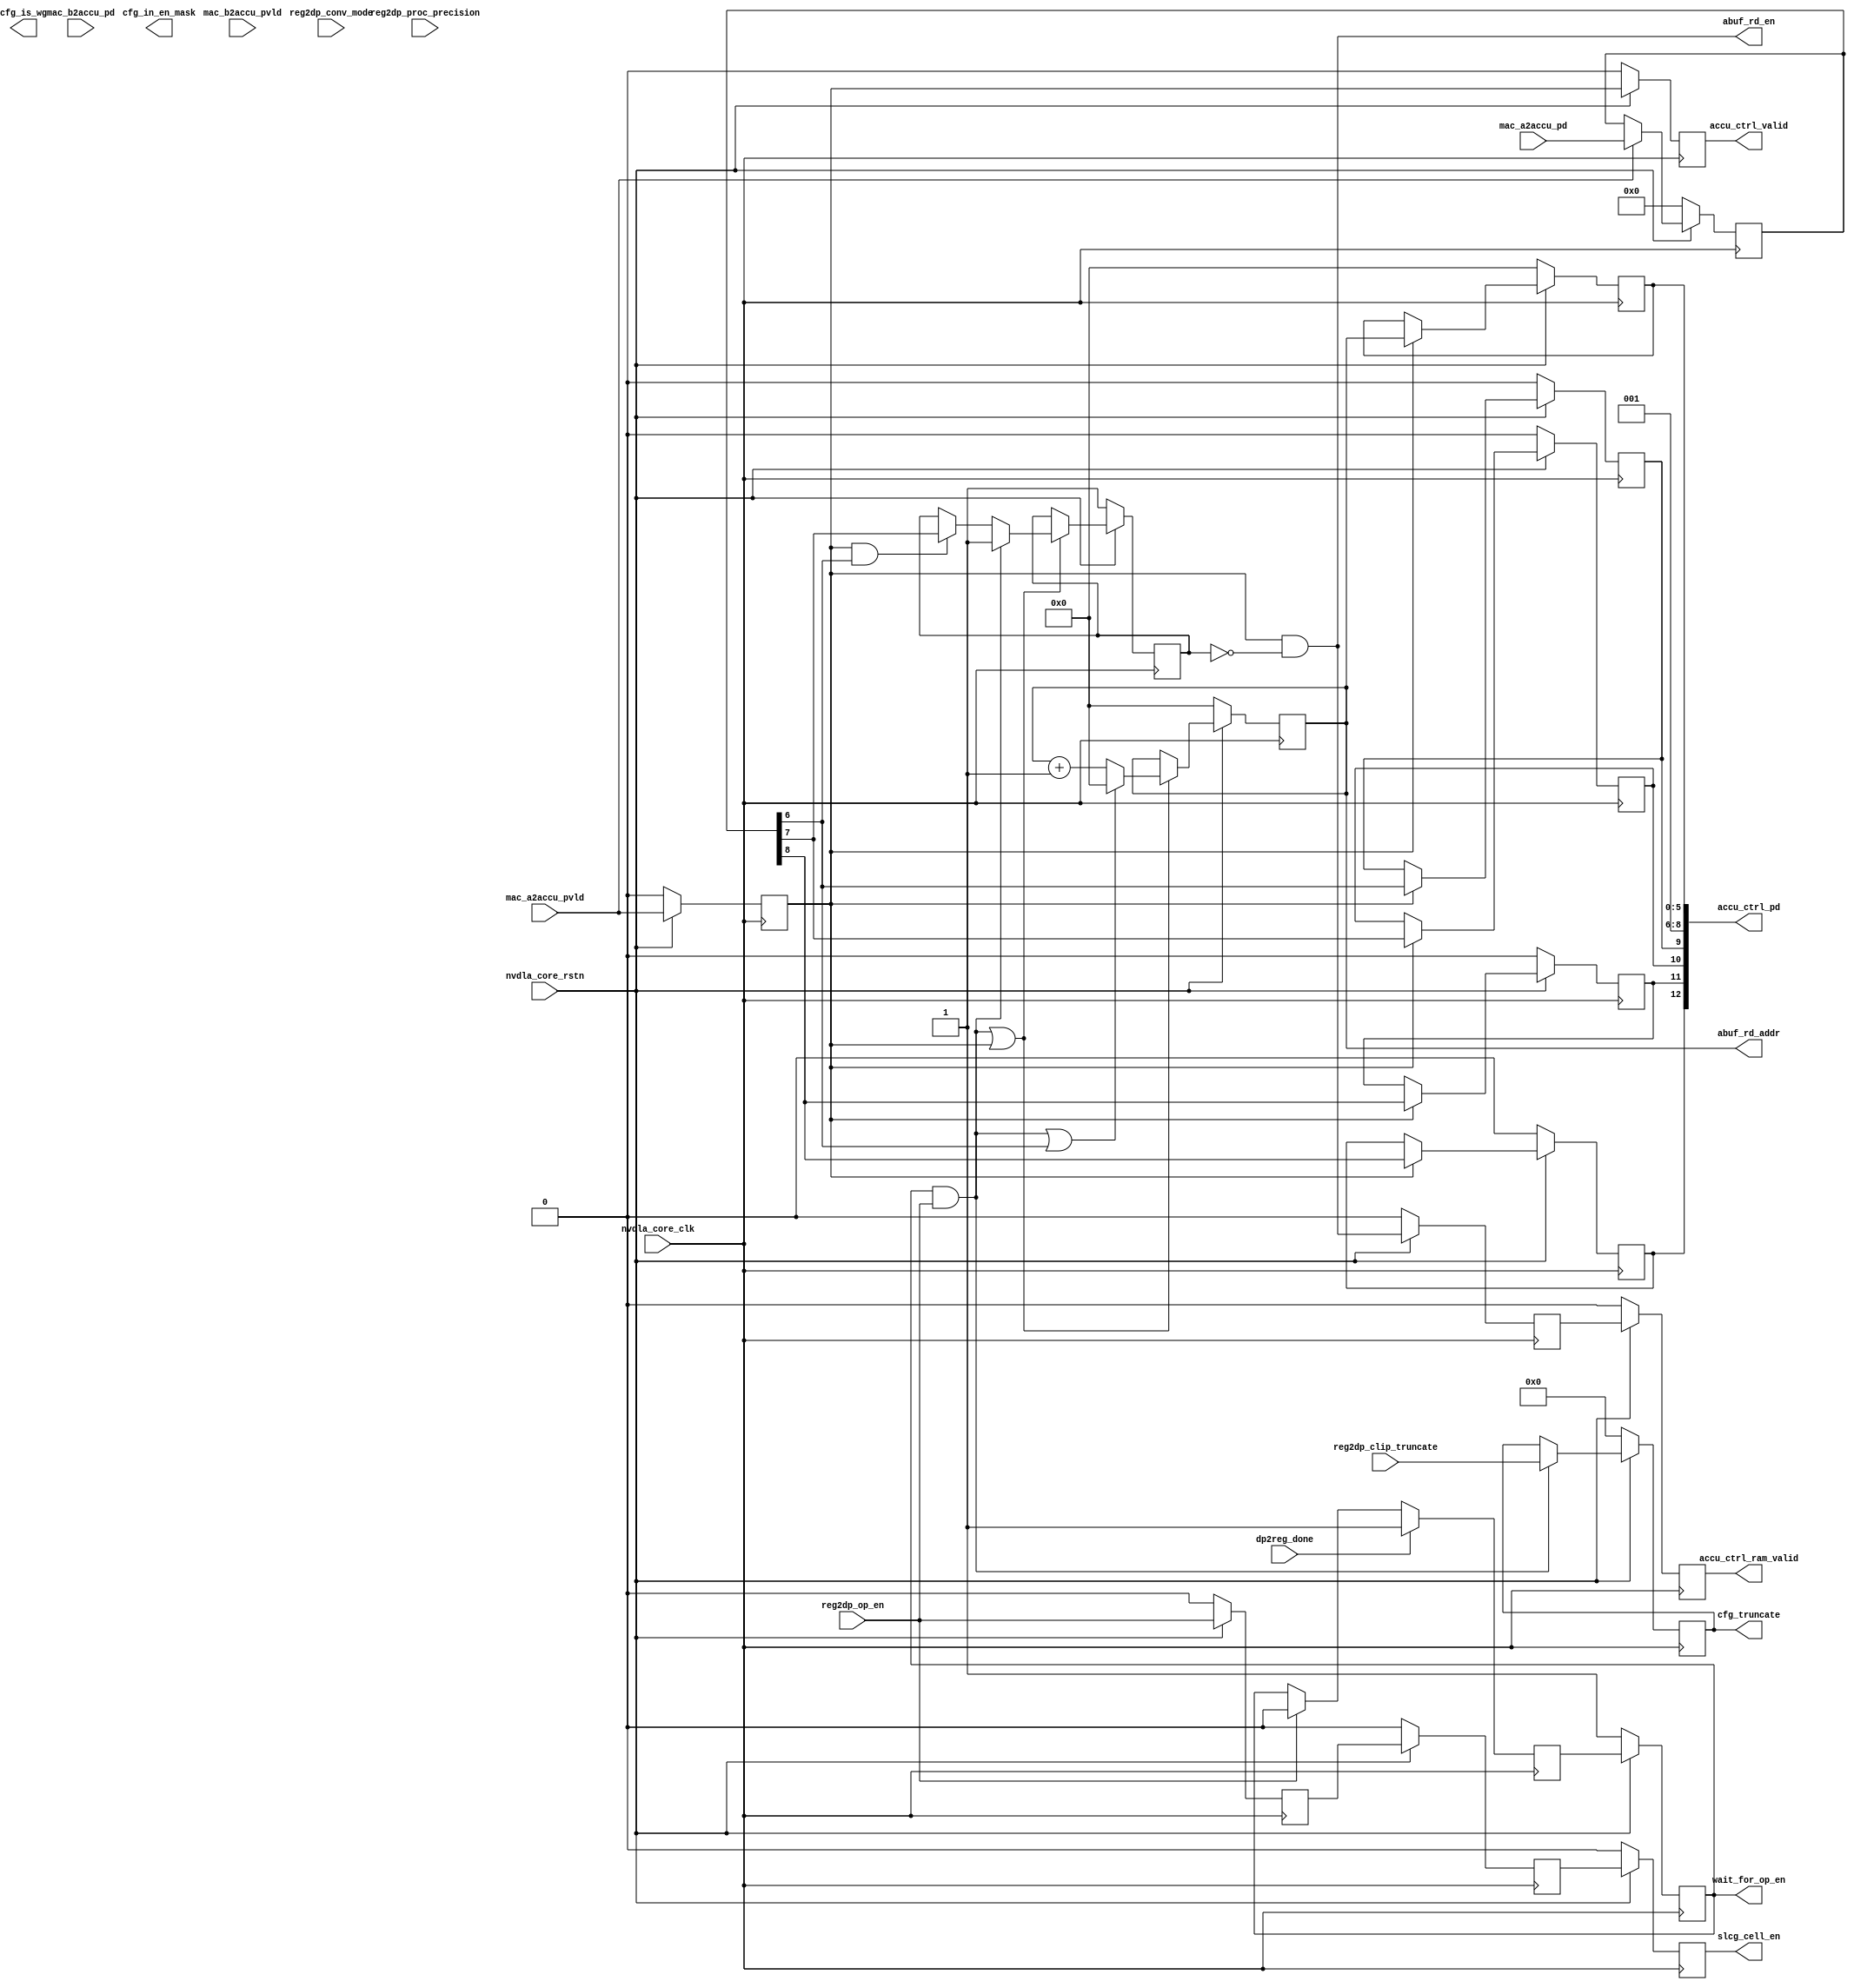
module NV_soDLA_CACC_assembly_ctrl( // @[:@3.2]
  input         nvdla_core_rstn, // @[:@5.4]
  input         nvdla_core_clk, // @[:@6.4]
  output        abuf_rd_en, // @[:@6.4]
  output [5:0]  abuf_rd_addr, // @[:@6.4]
  input         mac_a2accu_pvld, // @[:@6.4]
  input  [8:0]  mac_a2accu_pd, // @[:@6.4]
  input         mac_b2accu_pvld, // @[:@6.4]
  input  [8:0]  mac_b2accu_pd, // @[:@6.4]
  output        accu_ctrl_valid, // @[:@6.4]
  output [12:0] accu_ctrl_pd, // @[:@6.4]
  output        accu_ctrl_ram_valid, // @[:@6.4]
  output [4:0]  cfg_truncate, // @[:@6.4]
  input         reg2dp_op_en, // @[:@6.4]
  input  [1:0]  reg2dp_proc_precision,
  input  [4:0]  reg2dp_clip_truncate, // @[:@6.4]
  input         reg2dp_conv_mode,
  input         dp2reg_done, // @[:@6.4]
  output        slcg_cell_en, // @[:@6.4]
  output        wait_for_op_en, // @[:@6.4]
  output        cfg_in_en_mask,
  output        cfg_is_wg

);
  reg  accu_valid; // @[NV_NVDLA_CACC_assembly_ctrl.scala 61:25:@8.4]
  reg [31:0] _RAND_0;
  reg [8:0] accu_pd; // @[Reg.scala 19:20:@10.4]
  reg [31:0] _RAND_1;
  wire [8:0] _GEN_0; // @[Reg.scala 20:19:@11.4]
  wire  accu_stripe_end; // @[NV_NVDLA_CACC_assembly_ctrl.scala 68:30:@15.4]
  wire  accu_channel_end; // @[NV_NVDLA_CACC_assembly_ctrl.scala 69:31:@16.4]
  wire  accu_layer_end; // @[NV_NVDLA_CACC_assembly_ctrl.scala 70:29:@17.4]
  reg  _T_44; // @[Reg.scala 19:20:@18.4]
  reg [31:0] _RAND_2;
  reg  _T_46; // @[Reg.scala 19:20:@22.4]
  reg [31:0] _RAND_3;
  reg  _T_48; // @[Reg.scala 19:20:@26.4]
  reg [31:0] _RAND_4;
  reg  wait_for_op_en_out; // @[NV_NVDLA_CACC_assembly_ctrl.scala 76:33:@31.4]
  reg [31:0] _RAND_5;
  wire  _T_53; // @[NV_NVDLA_CACC_assembly_ctrl.scala 77:63:@32.4]
  reg  wait_for_op_en_w; // @[NV_NVDLA_CACC_assembly_ctrl.scala 77:31:@34.4]
  reg [31:0] _RAND_6;
  reg [5:0] accu_cnt; // @[NV_NVDLA_CACC_assembly_ctrl.scala 82:23:@38.4]
  reg [31:0] _RAND_7;
  reg  accu_ram_valid; // @[NV_NVDLA_CACC_assembly_ctrl.scala 83:29:@39.4]
  reg [31:0] _RAND_8;
  reg  accu_channel_st; // @[NV_NVDLA_CACC_assembly_ctrl.scala 84:30:@40.4]
  reg [31:0] _RAND_9;
  wire  layer_st; // @[NV_NVDLA_CACC_assembly_ctrl.scala 86:34:@41.4]
  wire [6:0] _T_63; // @[NV_NVDLA_CACC_assembly_ctrl.scala 87:29:@42.4]
  wire [5:0] accu_cnt_inc; // @[NV_NVDLA_CACC_assembly_ctrl.scala 87:29:@43.4]
  wire  _T_64; // @[NV_NVDLA_CACC_assembly_ctrl.scala 88:31:@44.4]
  wire [5:0] accu_cnt_w; // @[NV_NVDLA_CACC_assembly_ctrl.scala 88:21:@45.4]
  wire  _T_67; // @[NV_NVDLA_CACC_assembly_ctrl.scala 90:63:@46.4]
  wire  _T_68; // @[NV_NVDLA_CACC_assembly_ctrl.scala 90:51:@47.4]
  wire  accu_channel_st_w; // @[NV_NVDLA_CACC_assembly_ctrl.scala 90:29:@48.4]
  wire  _T_69; // @[NV_NVDLA_CACC_assembly_ctrl.scala 91:32:@49.4]
  wire  accu_rd_en; // @[NV_NVDLA_CACC_assembly_ctrl.scala 91:29:@50.4]
  wire  _T_70; // @[NV_NVDLA_CACC_assembly_ctrl.scala 94:15:@52.4]
  wire [5:0] _GEN_4; // @[NV_NVDLA_CACC_assembly_ctrl.scala 94:28:@53.4]
  wire  _GEN_5; // @[NV_NVDLA_CACC_assembly_ctrl.scala 94:28:@53.4]
  reg [4:0] _T_73; // @[Reg.scala 19:20:@57.4]
  reg [31:0] _RAND_10;
  wire [4:0] _GEN_6; // @[Reg.scala 20:19:@58.4]
  reg  _T_76; // @[NV_NVDLA_CACC_assembly_ctrl.scala 106:33:@64.4]
  reg [31:0] _RAND_11;
  reg  _T_79; // @[NV_NVDLA_CACC_assembly_ctrl.scala 107:34:@67.4]
  reg [31:0] _RAND_12;
  reg [5:0] accu_ctrl_addr; // @[NV_NVDLA_CACC_assembly_ctrl.scala 108:29:@70.4]
  reg [31:0] _RAND_13;
  wire [5:0] _GEN_7; // @[NV_NVDLA_CACC_assembly_ctrl.scala 109:17:@71.4]
  reg  accu_ctrl_stripe_end; // @[Reg.scala 19:20:@74.4]
  reg [31:0] _RAND_14;
  wire  _GEN_8; // @[Reg.scala 20:19:@75.4]
  reg  accu_ctrl_channel_end; // @[Reg.scala 19:20:@78.4]
  reg [31:0] _RAND_15;
  wire  _GEN_9; // @[Reg.scala 20:19:@79.4]
  reg  accu_ctrl_layer_end; // @[Reg.scala 19:20:@82.4]
  reg [31:0] _RAND_16;
  wire  _GEN_10; // @[Reg.scala 20:19:@83.4]
  reg  accu_ctrl_dlv_elem_mask; // @[Reg.scala 19:20:@86.4]
  reg [31:0] _RAND_17;
  wire  _GEN_11; // @[Reg.scala 20:19:@87.4]
  wire [9:0] _T_92; // @[Cat.scala 30:58:@91.4]
  wire [2:0] _T_94; // @[Cat.scala 30:58:@93.4]
  assign _GEN_0 = mac_a2accu_pvld ? mac_a2accu_pd : accu_pd; // @[Reg.scala 20:19:@11.4]
  assign accu_stripe_end = accu_pd[6]; // @[NV_NVDLA_CACC_assembly_ctrl.scala 68:30:@15.4]
  assign accu_channel_end = accu_pd[7]; // @[NV_NVDLA_CACC_assembly_ctrl.scala 69:31:@16.4]
  assign accu_layer_end = accu_pd[8]; // @[NV_NVDLA_CACC_assembly_ctrl.scala 70:29:@17.4]
  assign _T_53 = reg2dp_op_en ? 1'h0 : wait_for_op_en_out; // @[NV_NVDLA_CACC_assembly_ctrl.scala 77:63:@32.4]
  assign layer_st = wait_for_op_en & reg2dp_op_en; // @[NV_NVDLA_CACC_assembly_ctrl.scala 86:34:@41.4]
  assign _T_63 = accu_cnt + 6'h1; // @[NV_NVDLA_CACC_assembly_ctrl.scala 87:29:@42.4]
  assign accu_cnt_inc = accu_cnt + 6'h1; // @[NV_NVDLA_CACC_assembly_ctrl.scala 87:29:@43.4]
  assign _T_64 = layer_st | accu_stripe_end; // @[NV_NVDLA_CACC_assembly_ctrl.scala 88:31:@44.4]
  assign accu_cnt_w = _T_64 ? 6'h0 : accu_cnt_inc; // @[NV_NVDLA_CACC_assembly_ctrl.scala 88:21:@45.4]
  assign _T_67 = accu_valid & accu_stripe_end; // @[NV_NVDLA_CACC_assembly_ctrl.scala 90:63:@46.4]
  assign _T_68 = _T_67 ? accu_channel_end : accu_channel_st; // @[NV_NVDLA_CACC_assembly_ctrl.scala 90:51:@47.4]
  assign accu_channel_st_w = layer_st ? 1'h1 : _T_68; // @[NV_NVDLA_CACC_assembly_ctrl.scala 90:29:@48.4]
  assign _T_69 = ~ accu_channel_st; // @[NV_NVDLA_CACC_assembly_ctrl.scala 91:32:@49.4]
  assign accu_rd_en = accu_valid & _T_69; // @[NV_NVDLA_CACC_assembly_ctrl.scala 91:29:@50.4]
  assign _T_70 = layer_st | accu_valid; // @[NV_NVDLA_CACC_assembly_ctrl.scala 94:15:@52.4]
  assign _GEN_4 = _T_70 ? accu_cnt_w : accu_cnt; // @[NV_NVDLA_CACC_assembly_ctrl.scala 94:28:@53.4]
  assign _GEN_5 = _T_70 ? accu_channel_st_w : accu_channel_st; // @[NV_NVDLA_CACC_assembly_ctrl.scala 94:28:@53.4]
  assign _GEN_6 = layer_st ? reg2dp_clip_truncate : _T_73; // @[Reg.scala 20:19:@58.4]
  assign _GEN_7 = accu_valid ? accu_cnt : accu_ctrl_addr; // @[NV_NVDLA_CACC_assembly_ctrl.scala 109:17:@71.4]
  assign _GEN_8 = accu_valid ? accu_stripe_end : accu_ctrl_stripe_end; // @[Reg.scala 20:19:@75.4]
  assign _GEN_9 = accu_valid ? accu_channel_end : accu_ctrl_channel_end; // @[Reg.scala 20:19:@79.4]
  assign _GEN_10 = accu_valid ? accu_layer_end : accu_ctrl_layer_end; // @[Reg.scala 20:19:@83.4]
  assign _GEN_11 = accu_valid ? accu_layer_end : accu_ctrl_dlv_elem_mask; // @[Reg.scala 20:19:@87.4]
  assign _T_92 = {accu_ctrl_stripe_end,3'h1,accu_ctrl_addr}; // @[Cat.scala 30:58:@91.4]
  assign _T_94 = {accu_ctrl_dlv_elem_mask,accu_ctrl_layer_end,accu_ctrl_channel_end}; // @[Cat.scala 30:58:@93.4]
  assign abuf_rd_en = accu_valid & _T_69; // @[NV_NVDLA_CACC_assembly_ctrl.scala 101:23:@62.4]
  assign abuf_rd_addr = accu_cnt; // @[NV_NVDLA_CACC_assembly_ctrl.scala 102:22:@63.4]
  assign accu_ctrl_valid = _T_76; // @[NV_NVDLA_CACC_assembly_ctrl.scala 106:23:@66.4]
  assign accu_ctrl_pd = {_T_94,_T_92}; // @[NV_NVDLA_CACC_assembly_ctrl.scala 118:22:@95.4]
  assign accu_ctrl_ram_valid = _T_79; // @[NV_NVDLA_CACC_assembly_ctrl.scala 107:24:@69.4]
  assign cfg_truncate = _T_73; // @[NV_NVDLA_CACC_assembly_ctrl.scala 99:17:@61.4]
  assign slcg_cell_en = _T_48; // @[NV_NVDLA_CACC_assembly_ctrl.scala 73:17:@30.4]
  assign wait_for_op_en = wait_for_op_en_out; // @[NV_NVDLA_CACC_assembly_ctrl.scala 79:19:@37.4]
`ifdef RANDOMIZE_GARBAGE_ASSIGN
`define RANDOMIZE
`endif
`ifdef RANDOMIZE_INVALID_ASSIGN
`define RANDOMIZE
`endif
`ifdef RANDOMIZE_REG_INIT
`define RANDOMIZE
`endif
`ifdef RANDOMIZE_MEM_INIT
`define RANDOMIZE
`endif
`ifndef RANDOM
`define RANDOM $random
`endif
`ifdef RANDOMIZE
  integer initvar;
  initial begin
    `ifdef INIT_RANDOM
      `INIT_RANDOM
    `endif
    `ifndef VERILATOR
      #0.002 begin end
    `endif
  `ifdef RANDOMIZE_REG_INIT
  _RAND_0 = {1{`RANDOM}};
  accu_valid = _RAND_0[0:0];
  `endif // RANDOMIZE_REG_INIT
  `ifdef RANDOMIZE_REG_INIT
  _RAND_1 = {1{`RANDOM}};
  accu_pd = _RAND_1[8:0];
  `endif // RANDOMIZE_REG_INIT
  `ifdef RANDOMIZE_REG_INIT
  _RAND_2 = {1{`RANDOM}};
  _T_44 = _RAND_2[0:0];
  `endif // RANDOMIZE_REG_INIT
  `ifdef RANDOMIZE_REG_INIT
  _RAND_3 = {1{`RANDOM}};
  _T_46 = _RAND_3[0:0];
  `endif // RANDOMIZE_REG_INIT
  `ifdef RANDOMIZE_REG_INIT
  _RAND_4 = {1{`RANDOM}};
  _T_48 = _RAND_4[0:0];
  `endif // RANDOMIZE_REG_INIT
  `ifdef RANDOMIZE_REG_INIT
  _RAND_5 = {1{`RANDOM}};
  wait_for_op_en_out = _RAND_5[0:0];
  `endif // RANDOMIZE_REG_INIT
  `ifdef RANDOMIZE_REG_INIT
  _RAND_6 = {1{`RANDOM}};
  wait_for_op_en_w = _RAND_6[0:0];
  `endif // RANDOMIZE_REG_INIT
  `ifdef RANDOMIZE_REG_INIT
  _RAND_7 = {1{`RANDOM}};
  accu_cnt = _RAND_7[5:0];
  `endif // RANDOMIZE_REG_INIT
  `ifdef RANDOMIZE_REG_INIT
  _RAND_8 = {1{`RANDOM}};
  accu_ram_valid = _RAND_8[0:0];
  `endif // RANDOMIZE_REG_INIT
  `ifdef RANDOMIZE_REG_INIT
  _RAND_9 = {1{`RANDOM}};
  accu_channel_st = _RAND_9[0:0];
  `endif // RANDOMIZE_REG_INIT
  `ifdef RANDOMIZE_REG_INIT
  _RAND_10 = {1{`RANDOM}};
  _T_73 = _RAND_10[4:0];
  `endif // RANDOMIZE_REG_INIT
  `ifdef RANDOMIZE_REG_INIT
  _RAND_11 = {1{`RANDOM}};
  _T_76 = _RAND_11[0:0];
  `endif // RANDOMIZE_REG_INIT
  `ifdef RANDOMIZE_REG_INIT
  _RAND_12 = {1{`RANDOM}};
  _T_79 = _RAND_12[0:0];
  `endif // RANDOMIZE_REG_INIT
  `ifdef RANDOMIZE_REG_INIT
  _RAND_13 = {1{`RANDOM}};
  accu_ctrl_addr = _RAND_13[5:0];
  `endif // RANDOMIZE_REG_INIT
  `ifdef RANDOMIZE_REG_INIT
  _RAND_14 = {1{`RANDOM}};
  accu_ctrl_stripe_end = _RAND_14[0:0];
  `endif // RANDOMIZE_REG_INIT
  `ifdef RANDOMIZE_REG_INIT
  _RAND_15 = {1{`RANDOM}};
  accu_ctrl_channel_end = _RAND_15[0:0];
  `endif // RANDOMIZE_REG_INIT
  `ifdef RANDOMIZE_REG_INIT
  _RAND_16 = {1{`RANDOM}};
  accu_ctrl_layer_end = _RAND_16[0:0];
  `endif // RANDOMIZE_REG_INIT
  `ifdef RANDOMIZE_REG_INIT
  _RAND_17 = {1{`RANDOM}};
  accu_ctrl_dlv_elem_mask = _RAND_17[0:0];
  `endif // RANDOMIZE_REG_INIT
  end
`endif // RANDOMIZE
  always @(posedge nvdla_core_clk) begin
    if (!nvdla_core_rstn) begin
      accu_valid <= 1'h0;
    end else begin
      accu_valid <= mac_a2accu_pvld;
    end
    if (!nvdla_core_rstn) begin
      accu_pd <= 9'h0;
    end else begin
      if (mac_a2accu_pvld) begin
        accu_pd <= mac_a2accu_pd;
      end
    end
    if (!nvdla_core_rstn) begin
      _T_44 <= 1'h0;
    end else begin
      _T_44 <= reg2dp_op_en;
    end
    if (!nvdla_core_rstn) begin
      _T_46 <= 1'h0;
    end else begin
      _T_46 <= _T_44;
    end
    if (!nvdla_core_rstn) begin
      _T_48 <= 1'h0;
    end else begin
      _T_48 <= _T_46;
    end
    if (!nvdla_core_rstn) begin
      wait_for_op_en_out <= 1'h1;
    end else begin
      wait_for_op_en_out <= wait_for_op_en_w;
    end
    if (dp2reg_done) begin
      wait_for_op_en_w <= 1'h1;
    end else begin
      if (reg2dp_op_en) begin
        wait_for_op_en_w <= 1'h0;
      end else begin
        wait_for_op_en_w <= wait_for_op_en_out;
      end
    end
    if (!nvdla_core_rstn) begin
      accu_cnt <= 6'h0;
    end else begin
      if (_T_70) begin
        if (_T_64) begin
          accu_cnt <= 6'h0;
        end else begin
          accu_cnt <= accu_cnt_inc;
        end
      end
    end
    if (!nvdla_core_rstn) begin
      accu_ram_valid <= 1'h0;
    end else begin
      accu_ram_valid <= accu_rd_en;
    end
    if (!nvdla_core_rstn) begin
      accu_channel_st <= 1'h1;
    end else begin
      if (_T_70) begin
        if (layer_st) begin
          accu_channel_st <= 1'h1;
        end else begin
          if (_T_67) begin
            accu_channel_st <= accu_channel_end;
          end
        end
      end
    end
    if (!nvdla_core_rstn) begin
      _T_73 <= 5'h0;
    end else begin
      if (layer_st) begin
        _T_73 <= reg2dp_clip_truncate;
      end
    end
    if (!nvdla_core_rstn) begin
      _T_76 <= 1'h0;
    end else begin
      _T_76 <= accu_valid;
    end
    if (!nvdla_core_rstn) begin
      _T_79 <= 1'h0;
    end else begin
      _T_79 <= accu_ram_valid;
    end
    if (!nvdla_core_rstn) begin
      accu_ctrl_addr <= 6'h0;
    end else begin
      if (accu_valid) begin
        accu_ctrl_addr <= accu_cnt;
      end
    end
    if (!nvdla_core_rstn) begin
      accu_ctrl_stripe_end <= 1'h0;
    end else begin
      if (accu_valid) begin
        accu_ctrl_stripe_end <= accu_stripe_end;
      end
    end
    if (!nvdla_core_rstn) begin
      accu_ctrl_channel_end <= 1'h0;
    end else begin
      if (accu_valid) begin
        accu_ctrl_channel_end <= accu_channel_end;
      end
    end
    if (!nvdla_core_rstn) begin
      accu_ctrl_layer_end <= 1'h0;
    end else begin
      if (accu_valid) begin
        accu_ctrl_layer_end <= accu_layer_end;
      end
    end
    if (!nvdla_core_rstn) begin
      accu_ctrl_dlv_elem_mask <= 1'h0;
    end else begin
      if (accu_valid) begin
        accu_ctrl_dlv_elem_mask <= accu_layer_end;
      end
    end
  end
endmodule


// ================================================================
// NVDLA Open Source Project
//
// Copyright(c) 2016 - 2017 NVIDIA Corporation. Licensed under the
// NVDLA Open Hardware License; Check "LICENSE" which comes with
// this distribution for more information.
// ================================================================
// ================================================================
// NVDLA Open Source Project
// 
// Copyright(c) 2016 - 2017 NVIDIA Corporation.  Licensed under the
// NVDLA Open Hardware License; Check "LICENSE" which comes with 
// this distribution for more information.
// ================================================================
module NV_NVDLA_CACC_assembly_ctrl (
   nvdla_core_clk
  ,nvdla_core_rstn
  ,dp2reg_done
  ,mac_a2accu_pd
  ,mac_a2accu_pvld
  ,mac_b2accu_pd
  ,mac_b2accu_pvld
  ,reg2dp_clip_truncate
  ,reg2dp_conv_mode
  ,reg2dp_op_en
  ,reg2dp_proc_precision
  ,abuf_rd_addr
  ,abuf_rd_en
  ,accu_ctrl_pd
  ,accu_ctrl_ram_valid
  ,accu_ctrl_valid
  ,cfg_in_en_mask
  ,cfg_is_wg
  ,cfg_truncate
  ,slcg_cell_en
  ,wait_for_op_en
  );
input [0:0] reg2dp_op_en;
input [0:0] reg2dp_conv_mode;
input [1:0] reg2dp_proc_precision;
input [4:0] reg2dp_clip_truncate;
output[5 +1 -1:0]abuf_rd_addr;
output abuf_rd_en;
input nvdla_core_clk;
input nvdla_core_rstn;
input dp2reg_done;
input [8:0] mac_a2accu_pd;
input mac_a2accu_pvld;
input [8:0] mac_b2accu_pd; //always equal mac_a2accu_pd
input mac_b2accu_pvld;
output [12:0] accu_ctrl_pd;
output accu_ctrl_ram_valid;
output accu_ctrl_valid;
output cfg_in_en_mask;
output cfg_is_wg;
output [4:0] cfg_truncate;
output slcg_cell_en;
output wait_for_op_en;
// spyglass disable_block NoWidthInBasedNum-ML
// spyglass disable_block STARC-2.10.1.6
// cross partition,1T
//: &eperl::flop("-q  accu_valid  -d \"mac_a2accu_pvld\" -clk nvdla_core_clk -rst nvdla_core_rstn -rval 0");
//: &eperl::flop("-wid 9 -q  accu_pd  -en \"mac_a2accu_pvld\" -d  \"mac_a2accu_pd\" -clk nvdla_core_clk -rst nvdla_core_rstn -rval 0");
//| eperl: generated_beg (DO NOT EDIT BELOW)
reg  accu_valid;
always @(posedge nvdla_core_clk) begin
   if (!nvdla_core_rstn) begin
       accu_valid <= 'b0;
   end else begin
       accu_valid <= mac_a2accu_pvld;
   end
end
reg [8:0] accu_pd;
always @(posedge nvdla_core_clk) begin
   if (!nvdla_core_rstn) begin
       accu_pd <= 'b0;
   end else begin
       if ((mac_a2accu_pvld) == 1'b1) begin
           accu_pd <= mac_a2accu_pd;
       // VCS coverage off
       end else if ((mac_a2accu_pvld) == 1'b0) begin
       end else begin
           accu_pd <= 'bx;
       // VCS coverage on
       end
   end
end

//| eperl: generated_end (DO NOT EDIT ABOVE)
//////////////////////////////////////////////////////////////
///// generator input status signal                      /////
//////////////////////////////////////////////////////////////
wire accu_stripe_st = accu_pd[5];
wire accu_stripe_end = accu_pd[6];
wire accu_channel_end = accu_pd[7];
wire accu_layer_end = accu_pd[8];
wire is_int8 = (reg2dp_proc_precision == 2'h0);
wire is_winograd = 1'b0;
// SLCG
wire slcg_cell_en_w = reg2dp_op_en;
//: &eperl::flop(" -q  slcg_cell_en_d1  -d \"slcg_cell_en_w\" -clk nvdla_core_clk -rst nvdla_core_rstn -rval 0");
//: &eperl::flop(" -q  slcg_cell_en_d2  -d \"slcg_cell_en_d1\" -clk nvdla_core_clk -rst nvdla_core_rstn -rval 0");
//: &eperl::flop(" -q  slcg_cell_en_d3  -d \"slcg_cell_en_d2\" -clk nvdla_core_clk -rst nvdla_core_rstn -rval 0");
//| eperl: generated_beg (DO NOT EDIT BELOW)
reg  slcg_cell_en_d1;
always @(posedge nvdla_core_clk) begin
   if (!nvdla_core_rstn) begin
       slcg_cell_en_d1 <= 'b0;
   end else begin
       slcg_cell_en_d1 <= slcg_cell_en_w;
   end
end
reg  slcg_cell_en_d2;
always @(posedge nvdla_core_clk) begin
   if (!nvdla_core_rstn) begin
       slcg_cell_en_d2 <= 'b0;
   end else begin
       slcg_cell_en_d2 <= slcg_cell_en_d1;
   end
end
reg  slcg_cell_en_d3;
always @(posedge nvdla_core_clk) begin
   if (!nvdla_core_rstn) begin
       slcg_cell_en_d3 <= 'b0;
   end else begin
       slcg_cell_en_d3 <= slcg_cell_en_d2;
   end
end

//| eperl: generated_end (DO NOT EDIT ABOVE)
wire slcg_cell_en = slcg_cell_en_d3;
// get layer operation begin
wire wait_for_op_en_w = dp2reg_done ? 1'b1 : reg2dp_op_en ? 1'b0 : wait_for_op_en;
//: &eperl::flop(" -q  wait_for_op_en  -d \"wait_for_op_en_w\" -clk nvdla_core_clk -rst nvdla_core_rstn -rval 1");
//| eperl: generated_beg (DO NOT EDIT BELOW)
reg  wait_for_op_en;
always @(posedge nvdla_core_clk) begin
   if (!nvdla_core_rstn) begin
       wait_for_op_en <= 1;
   end else begin
       wait_for_op_en <= wait_for_op_en_w;
   end
end

//| eperl: generated_end (DO NOT EDIT ABOVE)
// get address and other contrl
reg cfg_winograd;
reg [5 +1 -1:0] accu_cnt;
wire [5 +1 -1:0] accu_cnt_w;
wire [5 +1 -1:0] accu_cnt_inc;
wire mon_accu_cnt_inc;
reg accu_channel_st;
wire layer_st = wait_for_op_en & reg2dp_op_en;
assign {mon_accu_cnt_inc, accu_cnt_inc} = accu_cnt + 1'b1;
assign accu_cnt_w = (layer_st | accu_stripe_end) ? {5 +1{1'b0}} : accu_cnt_inc;
wire [5 +1 -1:0] accu_addr = accu_cnt;
wire accu_channel_st_w = layer_st ? 1'b1 : (accu_valid & accu_stripe_end) ? accu_channel_end : accu_channel_st;
wire accu_rd_en = accu_valid & (~accu_channel_st);
wire cfg_in_en_mask_w = 1'b1;
//: &eperl::flop("-q accu_ram_valid -d accu_rd_en");
//: &eperl::flop("-nodeclare -q  accu_cnt  -en \"layer_st | accu_valid\" -d  \"accu_cnt_w\" -clk nvdla_core_clk -rst nvdla_core_rstn -rval 0");
//: &eperl::flop("-nodeclare -q  accu_channel_st  -en \"layer_st | accu_valid\" -d  \"accu_channel_st_w\" -clk nvdla_core_clk -rst nvdla_core_rstn -rval 1");
//| eperl: generated_beg (DO NOT EDIT BELOW)
reg  accu_ram_valid;
always @(posedge nvdla_core_clk) begin
   if (!nvdla_core_rstn) begin
       accu_ram_valid <= 'b0;
   end else begin
       accu_ram_valid <= accu_rd_en;
   end
end
always @(posedge nvdla_core_clk) begin
   if (!nvdla_core_rstn) begin
       accu_cnt <= 'b0;
   end else begin
       if ((layer_st | accu_valid) == 1'b1) begin
           accu_cnt <= accu_cnt_w;
       // VCS coverage off
       end else if ((layer_st | accu_valid) == 1'b0) begin
       end else begin
           accu_cnt <= 'bx;
       // VCS coverage on
       end
   end
end
always @(posedge nvdla_core_clk) begin
   if (!nvdla_core_rstn) begin
       accu_channel_st <= 1;
   end else begin
       if ((layer_st | accu_valid) == 1'b1) begin
           accu_channel_st <= accu_channel_st_w;
       // VCS coverage off
       end else if ((layer_st | accu_valid) == 1'b0) begin
       end else begin
           accu_channel_st <= 'bx;
       // VCS coverage on
       end
   end
end

//| eperl: generated_end (DO NOT EDIT ABOVE)
wire accu_ctrl_valid_d0 = accu_valid;
wire accu_ram_valid_d0 = accu_ram_valid;
wire [5 +1 -1:0] accu_addr_d0 = accu_addr;
wire accu_stripe_end_d0 = accu_stripe_end;
wire accu_channel_end_d0 = accu_channel_end;
wire accu_layer_end_d0 = accu_layer_end;
//: &eperl::flop("-nodeclare -q  cfg_winograd  -en \"layer_st\" -d  \"is_winograd\" -clk nvdla_core_clk -rst nvdla_core_rstn -rval 0");
//: &eperl::flop("-wid 5 -q  cfg_truncate  -en \"layer_st\" -d  \"reg2dp_clip_truncate\" -clk nvdla_core_clk -rst nvdla_core_rstn -rval 0");
//: &eperl::flop(" -q  cfg_is_wg  -en \"layer_st\" -d  \"is_winograd\" -clk nvdla_core_clk -rst nvdla_core_rstn -rval 0");
//: &eperl::flop(" -q  cfg_in_en_mask  -en \"layer_st\" -d  \"cfg_in_en_mask_w\" -clk nvdla_core_clk -rst nvdla_core_rstn -rval 0");
//| eperl: generated_beg (DO NOT EDIT BELOW)
always @(posedge nvdla_core_clk) begin
   if (!nvdla_core_rstn) begin
       cfg_winograd <= 'b0;
   end else begin
       if ((layer_st) == 1'b1) begin
           cfg_winograd <= is_winograd;
       // VCS coverage off
       end else if ((layer_st) == 1'b0) begin
       end else begin
           cfg_winograd <= 'bx;
       // VCS coverage on
       end
   end
end
reg [4:0] cfg_truncate;
always @(posedge nvdla_core_clk) begin
   if (!nvdla_core_rstn) begin
       cfg_truncate <= 'b0;
   end else begin
       if ((layer_st) == 1'b1) begin
           cfg_truncate <= reg2dp_clip_truncate;
       // VCS coverage off
       end else if ((layer_st) == 1'b0) begin
       end else begin
           cfg_truncate <= 'bx;
       // VCS coverage on
       end
   end
end
reg  cfg_is_wg;
always @(posedge nvdla_core_clk) begin
   if (!nvdla_core_rstn) begin
       cfg_is_wg <= 'b0;
   end else begin
       if ((layer_st) == 1'b1) begin
           cfg_is_wg <= is_winograd;
       // VCS coverage off
       end else if ((layer_st) == 1'b0) begin
       end else begin
           cfg_is_wg <= 'bx;
       // VCS coverage on
       end
   end
end
reg  cfg_in_en_mask;
always @(posedge nvdla_core_clk) begin
   if (!nvdla_core_rstn) begin
       cfg_in_en_mask <= 'b0;
   end else begin
       if ((layer_st) == 1'b1) begin
           cfg_in_en_mask <= cfg_in_en_mask_w;
       // VCS coverage off
       end else if ((layer_st) == 1'b0) begin
       end else begin
           cfg_in_en_mask <= 'bx;
       // VCS coverage on
       end
   end
end

//| eperl: generated_end (DO NOT EDIT ABOVE)
wire abuf_rd_en = accu_rd_en;
wire [5 +1 -1:0] abuf_rd_addr = accu_addr;
// regout
//: my $kk=5 +1;
//: &eperl::flop(" -q  accu_ctrl_valid  -d \"accu_ctrl_valid_d0\" -clk nvdla_core_clk -rst nvdla_core_rstn -rval 0");
//: &eperl::flop(" -q  accu_ctrl_ram_valid  -d \"accu_ram_valid_d0\" -clk nvdla_core_clk -rst nvdla_core_rstn -rval 0");
//: &eperl::flop("-wid ${kk} -q  accu_ctrl_addr  -en \"accu_ctrl_valid_d0\" -d  \"accu_addr_d0\" -clk nvdla_core_clk -rst nvdla_core_rstn -rval 0");
//: &eperl::flop(" -q  accu_ctrl_stripe_end  -en \"accu_ctrl_valid_d0\" -d  \"accu_stripe_end_d0\" -clk nvdla_core_clk -rst nvdla_core_rstn -rval 0");
//: &eperl::flop(" -q  accu_ctrl_channel_end  -en \"accu_ctrl_valid_d0\" -d  \"accu_channel_end_d0\" -clk nvdla_core_clk -rst nvdla_core_rstn -rval 0");
//: &eperl::flop(" -q  accu_ctrl_layer_end  -en \"accu_ctrl_valid_d0\" -d  \"accu_layer_end_d0\" -clk nvdla_core_clk -rst nvdla_core_rstn -rval 0");
//: &eperl::flop(" -q  accu_ctrl_dlv_elem_mask  -en \"accu_ctrl_valid_d0\" -d  \"accu_channel_end_d0\" -clk nvdla_core_clk -rst nvdla_core_rstn -rval 0");
//: my $jj=6-$kk;
//: if ($jj==0) {
//: print "assign       accu_ctrl_pd[5:0]  =     {accu_ctrl_addr}; \n";
//: }
//: elsif ($jj>0) {
//: print "assign       accu_ctrl_pd[5:0]  =     {{${jj}{1'b0}},accu_ctrl_addr}; \n";
//: }
//| eperl: generated_beg (DO NOT EDIT BELOW)
reg  accu_ctrl_valid;
always @(posedge nvdla_core_clk) begin
   if (!nvdla_core_rstn) begin
       accu_ctrl_valid <= 'b0;
   end else begin
       accu_ctrl_valid <= accu_ctrl_valid_d0;
   end
end
reg  accu_ctrl_ram_valid;
always @(posedge nvdla_core_clk) begin
   if (!nvdla_core_rstn) begin
       accu_ctrl_ram_valid <= 'b0;
   end else begin
       accu_ctrl_ram_valid <= accu_ram_valid_d0;
   end
end
reg [5:0] accu_ctrl_addr;
always @(posedge nvdla_core_clk) begin
   if (!nvdla_core_rstn) begin
       accu_ctrl_addr <= 'b0;
   end else begin
       if ((accu_ctrl_valid_d0) == 1'b1) begin
           accu_ctrl_addr <= accu_addr_d0;
       // VCS coverage off
       end else if ((accu_ctrl_valid_d0) == 1'b0) begin
       end else begin
           accu_ctrl_addr <= 'bx;
       // VCS coverage on
       end
   end
end
reg  accu_ctrl_stripe_end;
always @(posedge nvdla_core_clk) begin
   if (!nvdla_core_rstn) begin
       accu_ctrl_stripe_end <= 'b0;
   end else begin
       if ((accu_ctrl_valid_d0) == 1'b1) begin
           accu_ctrl_stripe_end <= accu_stripe_end_d0;
       // VCS coverage off
       end else if ((accu_ctrl_valid_d0) == 1'b0) begin
       end else begin
           accu_ctrl_stripe_end <= 'bx;
       // VCS coverage on
       end
   end
end
reg  accu_ctrl_channel_end;
always @(posedge nvdla_core_clk) begin
   if (!nvdla_core_rstn) begin
       accu_ctrl_channel_end <= 'b0;
   end else begin
       if ((accu_ctrl_valid_d0) == 1'b1) begin
           accu_ctrl_channel_end <= accu_channel_end_d0;
       // VCS coverage off
       end else if ((accu_ctrl_valid_d0) == 1'b0) begin
       end else begin
           accu_ctrl_channel_end <= 'bx;
       // VCS coverage on
       end
   end
end
reg  accu_ctrl_layer_end;
always @(posedge nvdla_core_clk) begin
   if (!nvdla_core_rstn) begin
       accu_ctrl_layer_end <= 'b0;
   end else begin
       if ((accu_ctrl_valid_d0) == 1'b1) begin
           accu_ctrl_layer_end <= accu_layer_end_d0;
       // VCS coverage off
       end else if ((accu_ctrl_valid_d0) == 1'b0) begin
       end else begin
           accu_ctrl_layer_end <= 'bx;
       // VCS coverage on
       end
   end
end
reg  accu_ctrl_dlv_elem_mask;
always @(posedge nvdla_core_clk) begin
   if (!nvdla_core_rstn) begin
       accu_ctrl_dlv_elem_mask <= 'b0;
   end else begin
       if ((accu_ctrl_valid_d0) == 1'b1) begin
           accu_ctrl_dlv_elem_mask <= accu_channel_end_d0;
       // VCS coverage off
       end else if ((accu_ctrl_valid_d0) == 1'b0) begin
       end else begin
           accu_ctrl_dlv_elem_mask <= 'bx;
       // VCS coverage on
       end
   end
end
assign       accu_ctrl_pd[5:0]  =     {accu_ctrl_addr}; 

//| eperl: generated_end (DO NOT EDIT ABOVE)
// spyglass enable_block NoWidthInBasedNum-ML
// spyglass enable_block STARC-2.10.1.6
assign accu_ctrl_pd[8:6] = 3'b1; //reserve
assign accu_ctrl_pd[9] = accu_ctrl_stripe_end ;
assign accu_ctrl_pd[10] = accu_ctrl_channel_end ;
assign accu_ctrl_pd[11] = accu_ctrl_layer_end ;
assign accu_ctrl_pd[12] = accu_ctrl_dlv_elem_mask;
endmodule